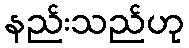
နည်းသည်ဟု